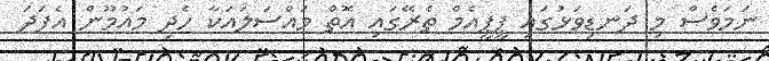
ނަމަވެސް މި ދަނޑިވަޅުގައި ޕީޕީއެމް ތެރޭގައި އޮތް މައްސަލައަކާ ހެދި މައުމޫން އެފަދަ